Report of the Bombay Plague Committee
Disease focus: Plague
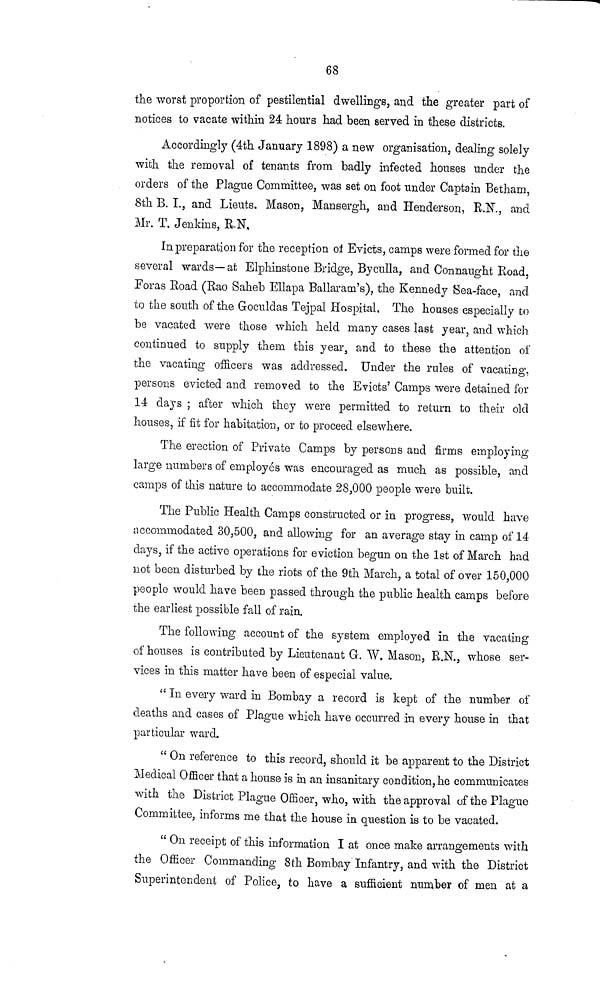
68
the worst proportion of pestilential dwellings, and the greater part of
notices to vacate within 24 hours had been served in these districts.
Accordingly (4th January 1898) a new organisation, dealing solely
with the removal of tenants from badly infected houses under the
orders of the Plague Committee, was set on foot under Captain Betham,
8th B. I., and Lieuts. Mason, Mansergh, and Henderson, R.N., and
Mr. T. Jenkins, R.N.
In preparation for the reception oí Evicts, camps were formed for the
several wards—at Elphinstone Bridge, Byculla, and Connaught Road,
Foras Road (Rao Saheb Ellapa Ballaram's), the Kennedy Sea-face, and
to the south of the Goculdas Tejpal Hospital. The houses especially to
be vacated were those which held many cases last year, and which
continued to supply them this year, and to these the attention of
the vacating officers was addressed. Under the rules of vacating,
persons evicted and removed to the Evicts' Camps were detained for
14 days ; after which they were permitted to return to their old
houses, if fit for habitation, or to proceed elsewhere.
The erection of Private Camps by persons and firms employing
large numbers of employés was encouraged as much as possible, and
camps of this nature to accommodate 28,000 people were built.
The Public Health Camps constructed or in progress, would have
accommodated 30,500, and allowing for an average stay in camp of 14
days, if the active operations for eviction begun on the 1st of March had
not been disturbed by the riots of the 9th March, a total of over 150,000
people would have been passed through the public health camps before
the earliest possible fall of rain.
The following account of the system employed in the vacating
of houses is contributed by Lieutenant G. W. Mason, R.N., whose ser-
vices in this matter have been of especial value.
" In every ward in Bombay a record is kept of the number of
deaths and cases of Plague which have occurred in every house in that
particular ward.
" On reference to this record, should it be apparent to the District
Medical Officer that a house is in an insanitary condition, he communicates
with the District Plague Officer, who, with the approval of the Plague
Committee, informs me that the house in question is to be vacated.
" On receipt of this information I at once make arrangements with
the Officer Commanding 8th Bombay Infantry, and with the District
Superintendent of Police, to have a sufficient number of men at a